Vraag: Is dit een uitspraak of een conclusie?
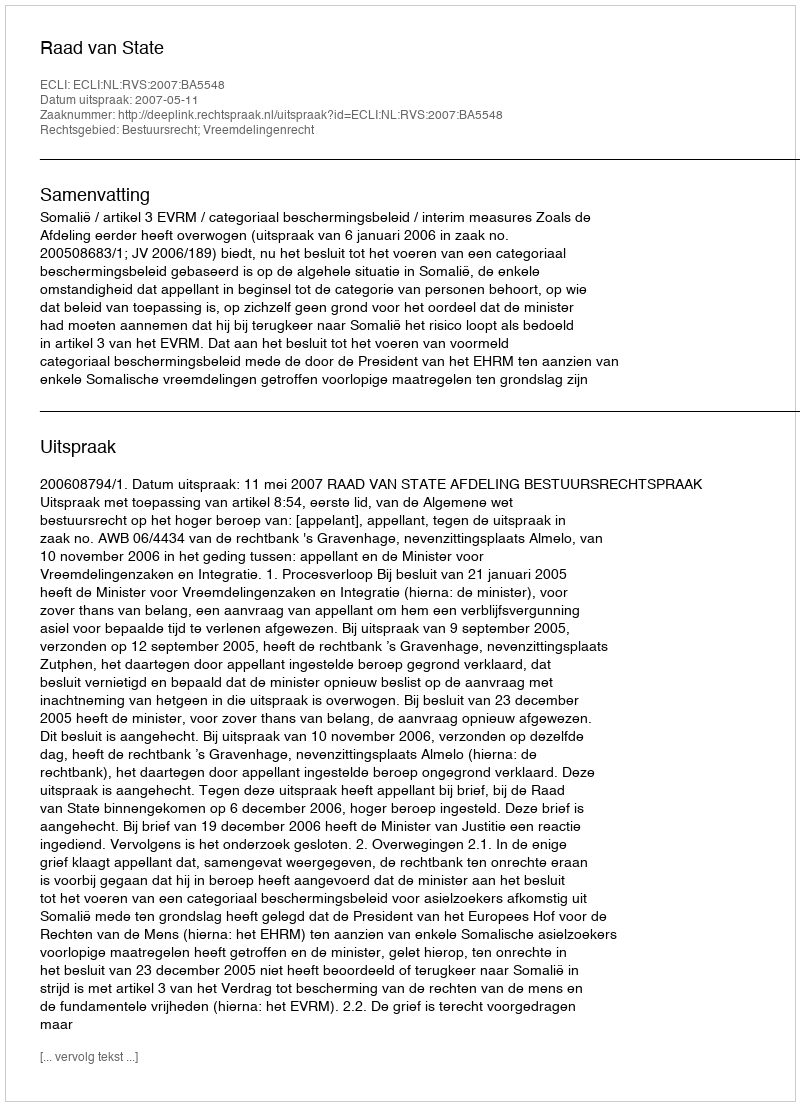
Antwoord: Uitspraak